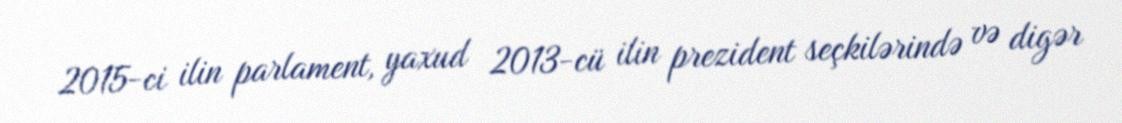
2015-ci ilin parlament, yaxud 2013-cü ilin prezident seçkilərində və digər